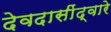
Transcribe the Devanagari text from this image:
देवदासींद्वारे